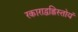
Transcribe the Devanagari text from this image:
रकाराद्वह्निस्तोयं